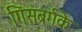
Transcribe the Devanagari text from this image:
गिंसबर्गके